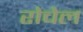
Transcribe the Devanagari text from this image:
रोचेल